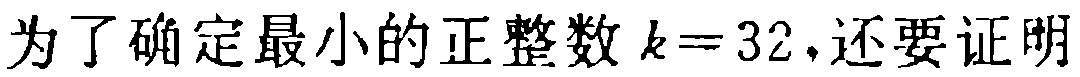
为了确定最小的正整数 \(k = 32\)，还要证明